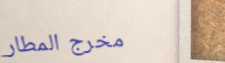
مخرج المطار